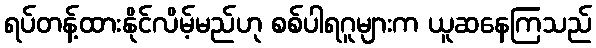
ရပ်တန့်ထားနိုင်လိမ့်မည်ဟု စစ်ပါရဂူများက ယူဆနေကြသည်